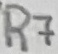
Text: R7